Madras plague regulations in force outside the Presidency town - Volume 7
Disease focus: Plague
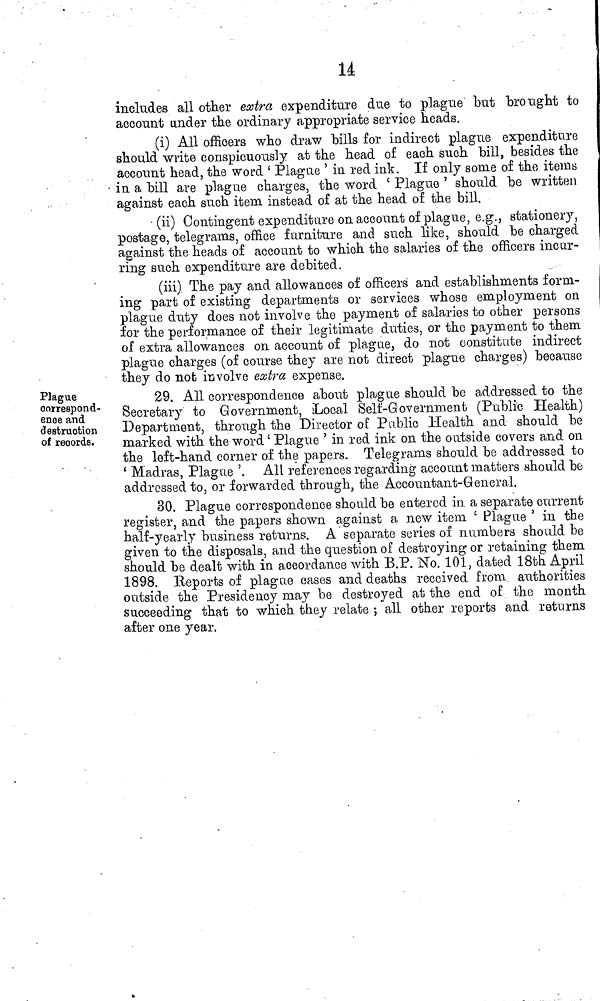
14
includes all other extra expenditure due to plague but "brought to
account under the ordinary appropriate service heads.
(i) All officers who draw bills for indirect plague expenditure
should write conspicuously at the head of each such bill, besides the
account head, the word ' Plague ' in red ink. If only some of the items
• in a bill are plague charges, the word ' Plague ' should be written
against each such item instead of at the head of the bill.
• (ii) Contingent expenditure on account of plague, e.g., stationery,
postage, telegrams, office furniture and such like, should be charged
against the heads of accoant to which the salaries of the officers incur-
ring such expenditure are debited.
(iii) The pay and allowances of officers and establishments form-
ing part of existing departments or services whose employment on
plague duty does not involve the payment of salaries to other persons
for the performance of their legitimate duties, or the payment to them
of extra allowances on account of plague, do not constitute indirect
plague charges (of course they are not direct plague charges) beoau.se
they do not involve extra expense.
Plague
correspond-
ence and
destruction
of records.
29. All correspondence about plague should be addressed to the
Secretary to Government, »Local Self-Government (Public Health)
Department, through the Director of Public Health and should be
marked with the word ' Plague ' in red ink on the outside covers and on
the left-hand corner of the papers. Telegrams should be addressed to
' Madras, Plague '. All references regarding account matters should be
addressed to, or forwarded through, the Accountant-General.
30. Plague correspondence should be entered in. a separate current
register, and the papers shown against a new item £ Plague ' in the
half-yearly business returns. A separate series of numbers should be
given to the disposals, and the question of destroying- or retaining them
should be dealt with in accordance with B.P. No. 101, dated 18th April
1898. Reports of plague cases and deaths received from authorities
outside the Presidency may be destroyed at the end of the month
succeeding that to which they relate ; all other reports and returns
after one year.